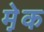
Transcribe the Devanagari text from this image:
मे़क